Black-water fever - Number 35
Disease focus: Fever
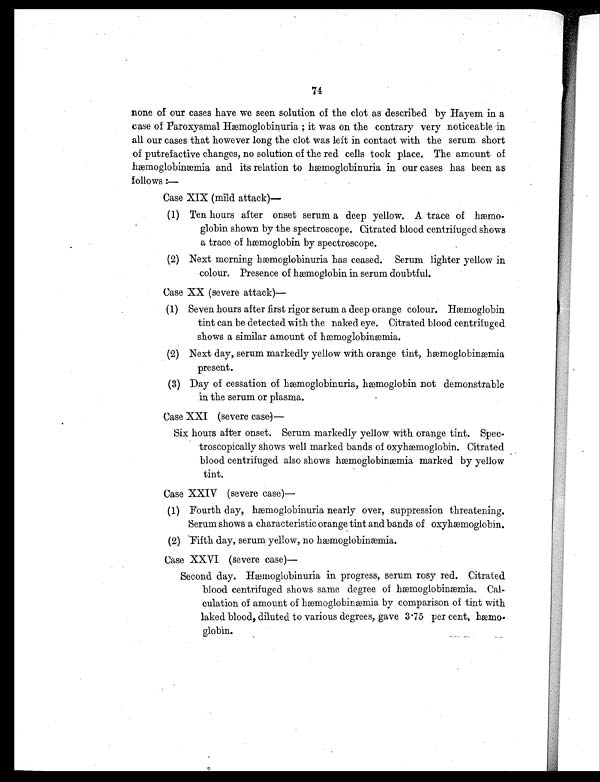
74
none of our cases have we seen solution of the clot as described by Hayem in a
case of Paroxysmal Hæmoglobinuria ; it was on the contrary very noticeable in
all our cases that however long the clot was left in contact with the serum short
of putrefactive changes, no solution of the red cells took place. The amount of
hæmoglobinæmia and its relation to hæmoglobinuria in our cases has been as
follows :—
Case XIX (mild attack)
(1) Ten hours after onset serum a deep yellow. A trace of hæmo-
globin shown by the spectroscope. Citrated blood centrifuged shows
a trace of hæmoglobin by spectroscope.
(2)
Next morning hæmoglobinuria has ceased. Serum lighter yellow in
colour. Presence of hæmoglobin in serum doubtful.
Case XX (severe attack)—
(1) Seven hours after first rigor serum a deep orange colour. Hæmoglobin
tint can be detected with the naked eye. Citrated blood centrifuged
shows a similar amount of hæmoglobinæmia.
(2) Next day, serum markedly yellow with orange tint, hæmoglobinæmia
present.
(3) Day of cessation of hæmoglobinuria, hæmoglobin not demonstrable
in the serum or plasma.
Case XXI (severe case)—
Six hours after onset. Serum markedly yellow with orange tint. Spec-
troscopically shows well marked bands of oxyhæmoglobin. Citrated
blood centrifuged also shows hæmoglobinæmia marked by yellow
tint.
Case XXIV (severe case)—
(1) Fourth day, hæmoglobinuria nearly over, suppression threatening.
Serum shows a characteristic orange tint and bands of oxyhæmoglobin.
(2) Fifth day, serum yellow, no hæmoglobinæmia.
Case XXVI (severe case)—
Second day. Hæmoglobinuria in progress, serum rosy red. Citrated
blood centrifuged shows same degree of hæmoglobinæmia. Cal-
culation of amount of hæmoglobinæmia by comparison of tint with
laked blood, diluted to various degrees, gave 3.75 per cent. hæmo-
globin.